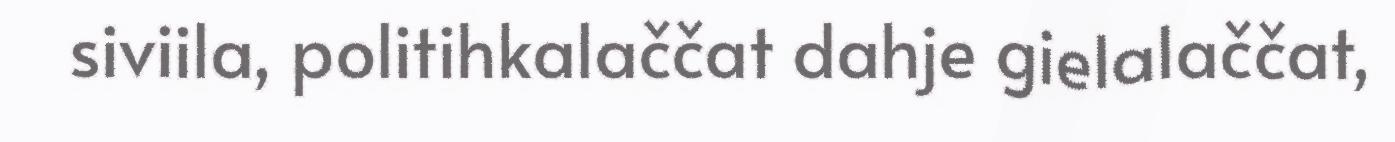
siviila, politihkalaččat dahje gielalaččat,